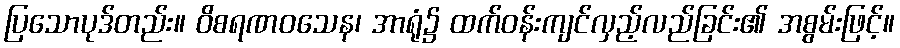
ပြသောပုဒ်တည်း။ ဝိစရဏဝသေန၊ အာရုံ၌ ထက်ဝန်းကျင်လှည့်လည်ခြင်း၏ အစွမ်းဖြင့်။